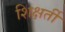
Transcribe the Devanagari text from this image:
शिक्षर्ती